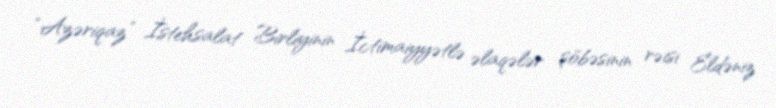
“Azəriqaz” İstehsalat Birliyinin İctimaiyyətlə əlaqələr şöbəsinin rəisi Eldəniz